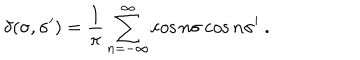
\delta ( \sigma , \sigma ^ { \prime } ) = \frac { 1 } { \pi } \sum _ { n = - \infty } ^ { \infty } \cos n \sigma \cos n \sigma ^ { \prime } \ .